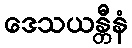
ဒေသယန္တီနံ